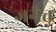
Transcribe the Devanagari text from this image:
जगैत